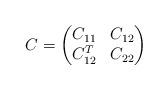
LaTeX: \begin{align*}C=\begin{pmatrix}C_{11} & C_{12}\\C_{12}^T & C_{22}\end{pmatrix}\end{align*}